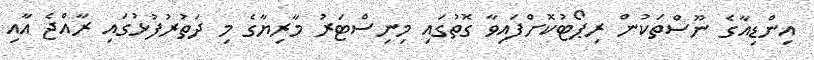
އިންޑިއާގެ ނޫސްތަކުން ރިޕޯޓުކޮށްފައިވާ ގޮތުގައި މިނިސްޓަރު މާރިޔާގެ މި ދަތުރުފުޅުގައި ރާއްޖެ އާއި